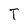
Character: T